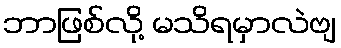
ဘာဖြစ်လို့ မသိရမှာလဲဗျ